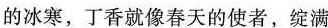
的冰寒，丁香就像春天的使者，绽满